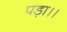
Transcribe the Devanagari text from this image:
पड़ा।।